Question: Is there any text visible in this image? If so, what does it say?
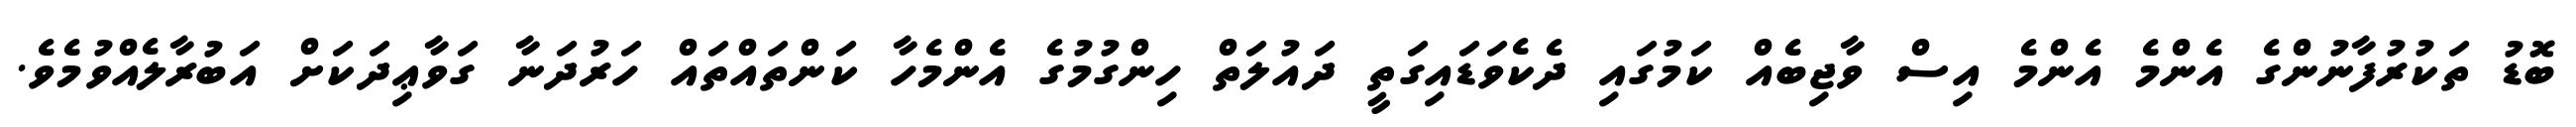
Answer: ބޮޑު ތަކުރުފާނުންގެ އެންމެ އެންމެ އިސް ވާޖިބެއް ކަމުގައި ދެކެވަޑައިގަތީ ދައުލަތް ހިންގުމުގެ އެންމެހާ ކަންތައްތައް ހަރުދަނާ ގަވާޢިދަކަށް އަބުރާލެއްވުމެވެ.